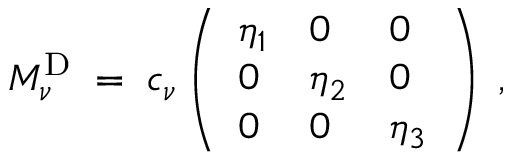
M _ { \nu } ^ { \mathrm { D } } \; = \; c _ { \nu } \left( \begin{array} { l l l } { { \eta _ { 1 } } } & { { 0 } } & { { 0 } } \\ { { 0 } } & { { \eta _ { 2 } } } & { { 0 } } \\ { { 0 } } & { { 0 } } & { { \eta _ { 3 } } } \end{array} \right) \; ,